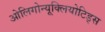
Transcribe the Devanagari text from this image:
ओलिगोन्यूक्लियोटिड्स